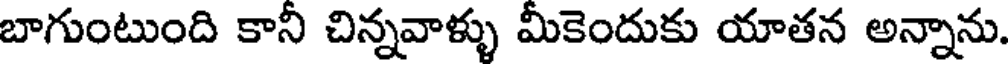
బాగుంటుంది కానీ చిన్నవాళ్ళు మీకెందుకు యాతన అన్నాను.